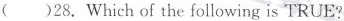
( )28. Which of the following is TRUE?